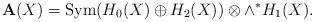
LaTeX: \begin{align*}{\bf A}(X)={\rm Sym}(H_0(X) \oplus H_2(X))\otimes \wedge ^* H_1(X).\end{align*}